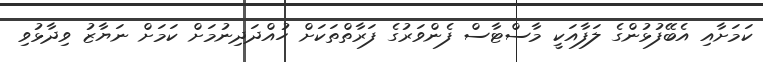
ކަމަށާއި އެބޭފުޅުންގެ ލަފާއަކީ މާސްޓާސް ފެންވަރުގެ ފަރާތްތަކަށް ހުއްދަދިނުމަށް ކަމަށް ނަޔާޒު ވިދާޅުވި